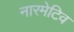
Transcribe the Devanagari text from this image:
नारमेटिव